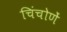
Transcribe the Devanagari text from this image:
चिंचोणें